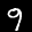
Label: 9